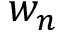
w _ { n }